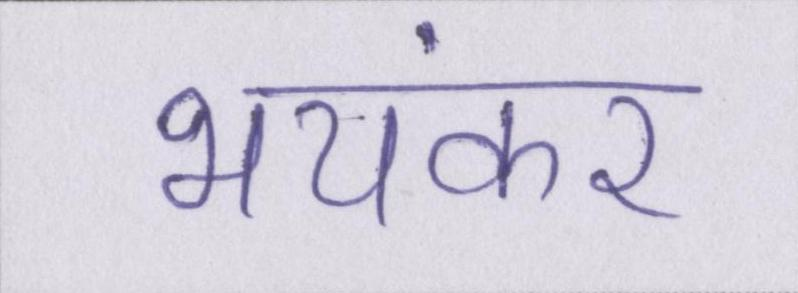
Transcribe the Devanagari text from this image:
भयंकर